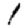
Digit: 1